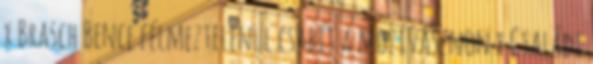
x Brasch Bence félmeztelenül csábít a mozivásznon x Családi